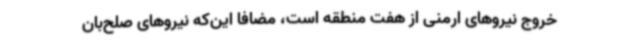
خروج نیروهای ارمنی از هفت منطقه است، مضافا این‌که نیروهای صلح‌بان